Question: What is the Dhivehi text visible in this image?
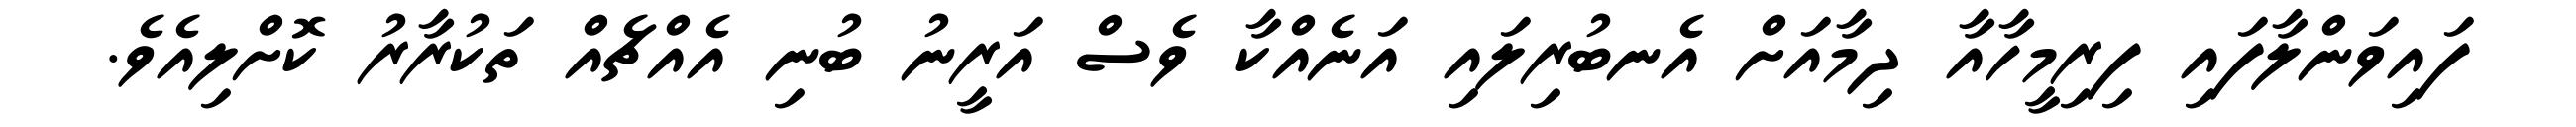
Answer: ފައިވަންލާފައި ފިރިމީހާއާ ދިމާއަށް އެނބުރިލައި އަނެއްކާ ވެސް އަރީނު ބުނި އެއްޗެއް ތަކުރާރު ކޮށްލިއެވެ.